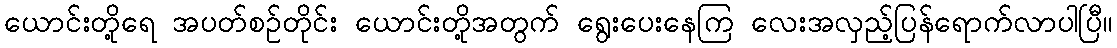
ယောင်းတို့ရေ အပတ်စဉ်တိုင်း ယောင်းတို့အတွက် ရွေးပေးနေကြ လေးအလှည့်ပြန်ရောက်လာပါပြီ။